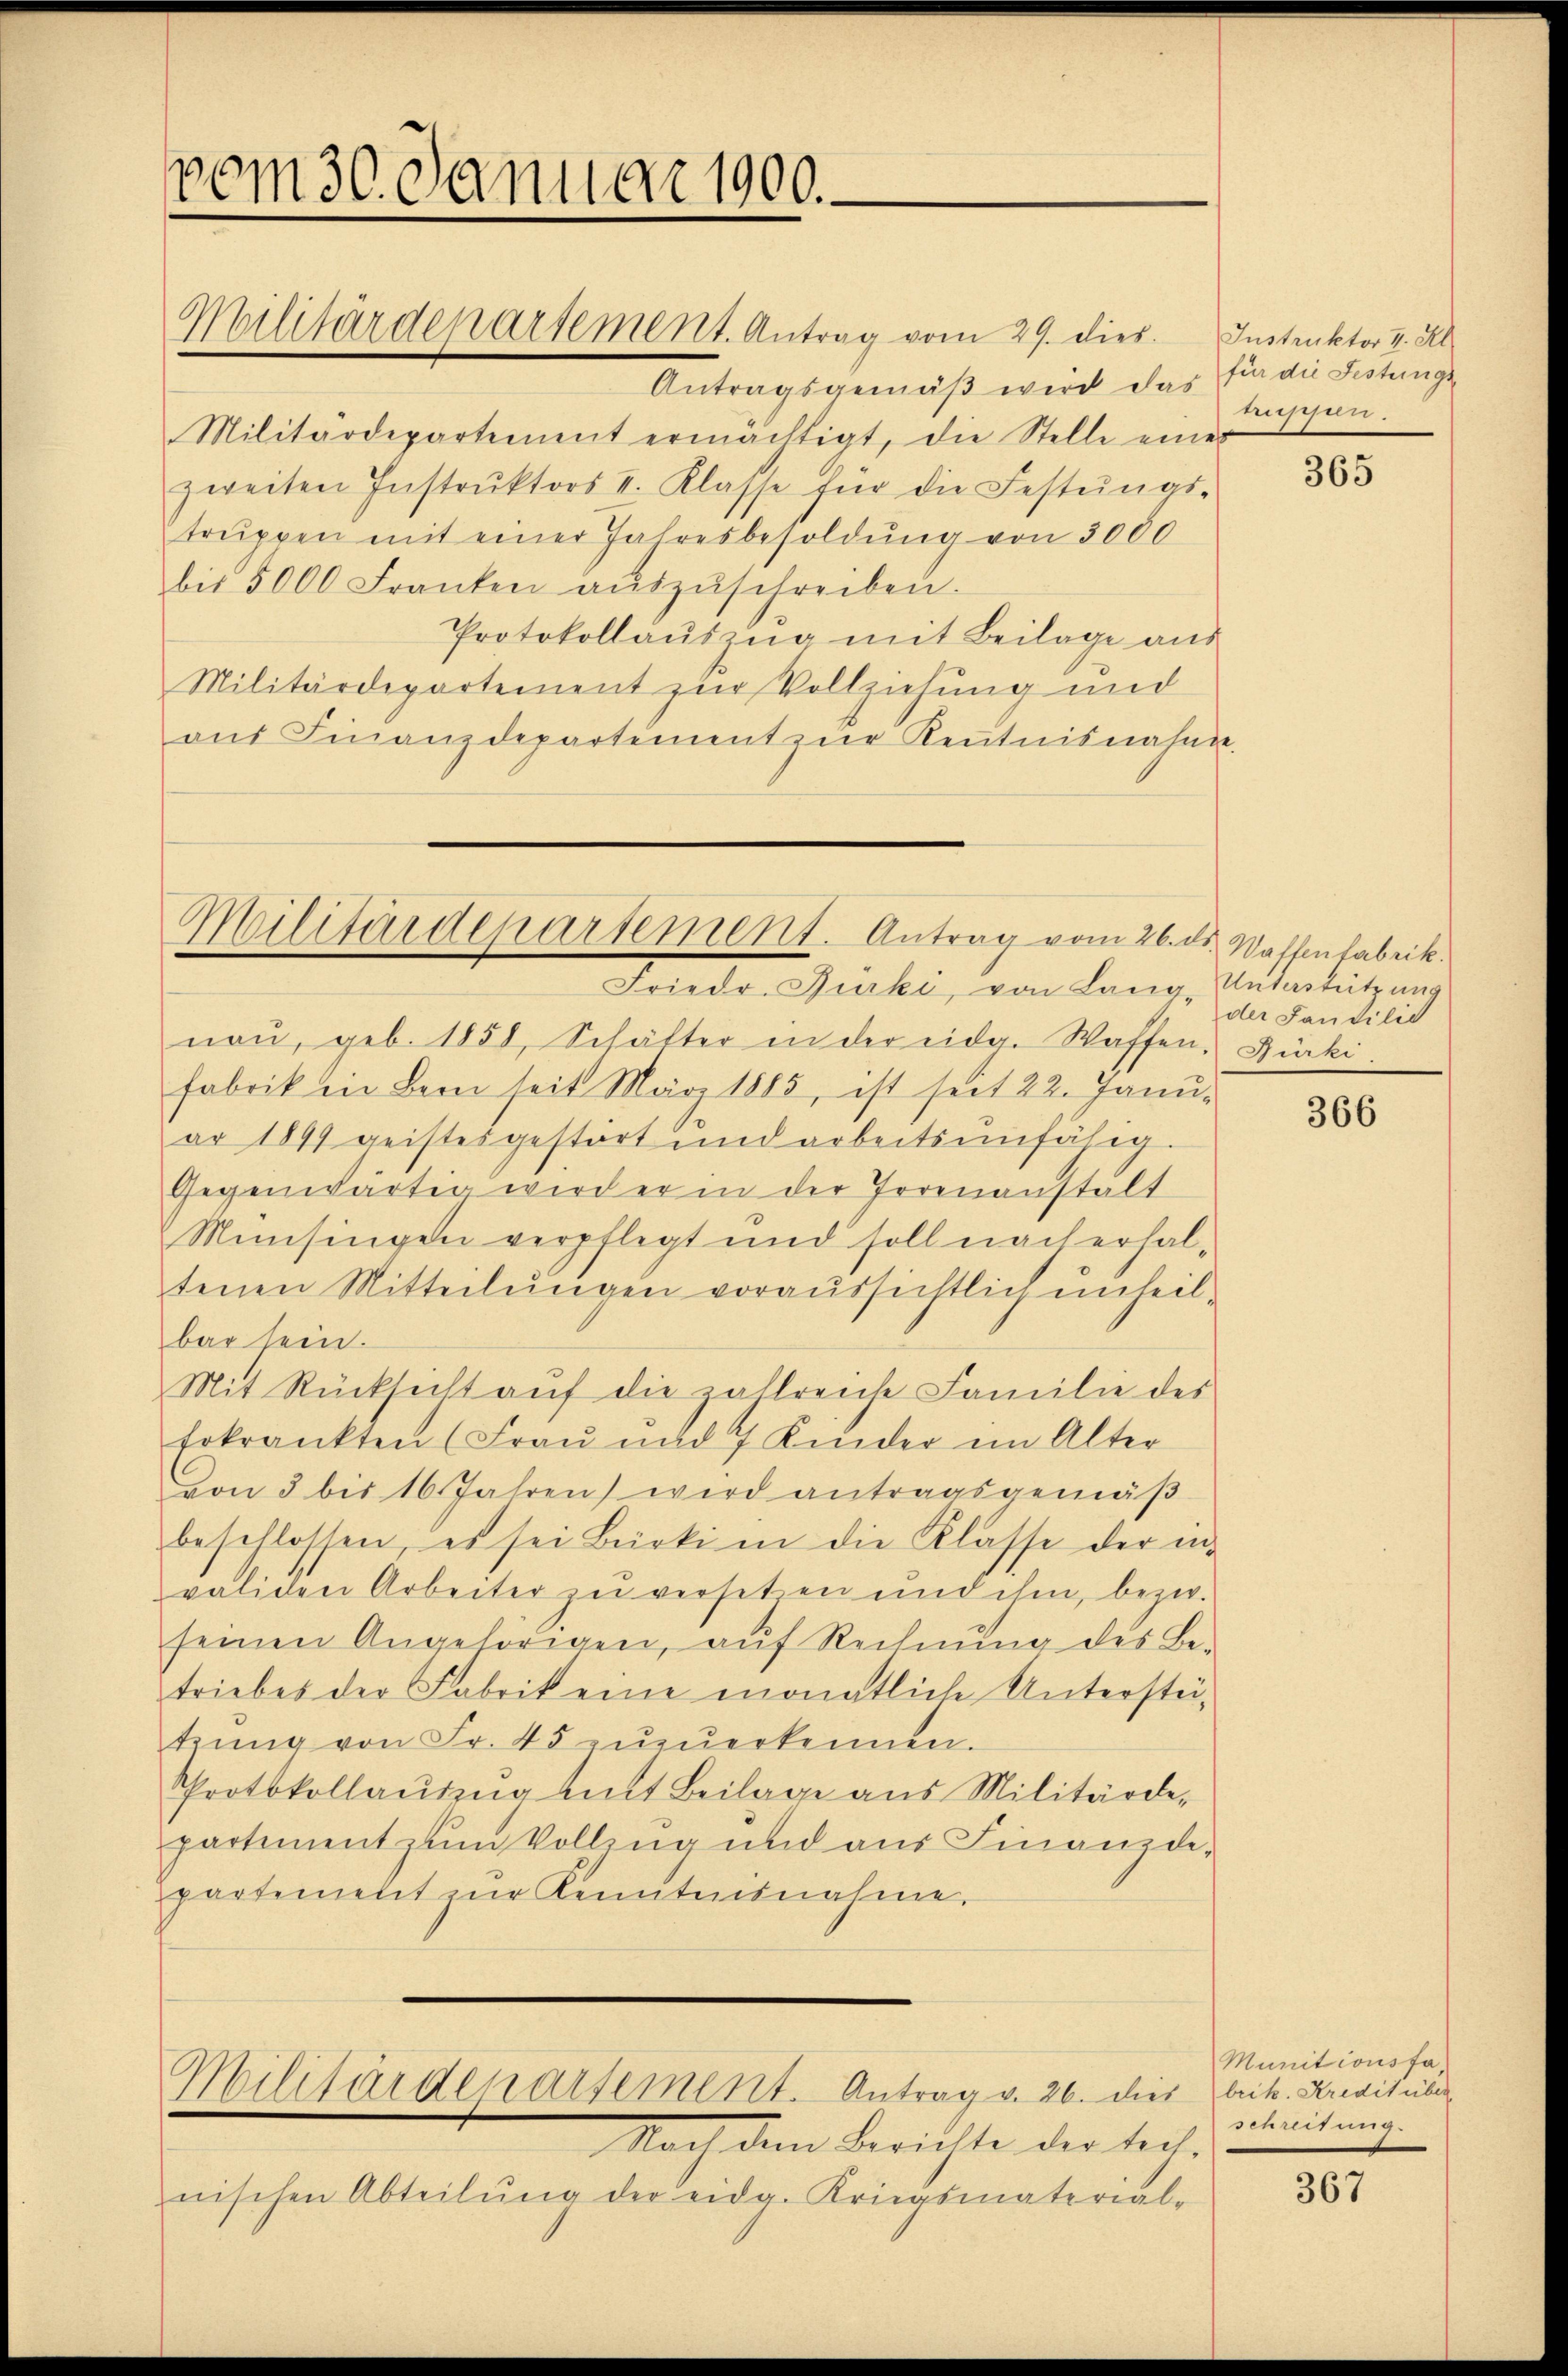
vom 30. Januar 1900.

Militärdepartement. Antrag vom 29. dies

Militärdepartement. Antrag vom 26. ds. Waffenfabrik.
Friedr. Jurki, von Lang, Unterstützung

Antragsgemäβ wird das für die Festungs
Militärdepartement ermächtigt, die Stelle einer
zweiten Instrŭktors II. Klasse für die Festŭngs-
truppen mit einer Jahresbesoldung von 3000
bis 5000 Franken aŭszŭschreiben.
Protokollaŭszŭg mit Beilage aus
Militärdepartement zur Vollziehung und
aŭf Finanzdepartement zŭr Keṅtnisnahme.

naŭ, geb. 1858, Schälter in der eidg. Waffen. Zürki.
fabrik in Bern seit März 1885, ist seit 22. Janŭ
ar 1899 geistesgestört und arbeitsunfähig.
Gegenwärtig wird er in der Irrenanstält
Münsingen verpflegt und soll nach erhaltenen Mitteilungen voraussichtlich unheilbar sein.
Mit Rücksicht aŭf die zahlreiche Familie des
Erkrankten (Frau und 7 Kinder im Alter
von 3 bis 16 Jahren wird antragsgemäβ
beschlossen, es sei Bürki in die Klasse der in
validen Arbeiter zu versetzen und ihm, bezw.
seinen Angehörigen, auf Rechnŭng des Be-
triebes der Fabrik eine monatliche Unterstütrŭng von Fr. 45 zŭzŭerkennen.
Protokollaŭszŭg mit Beilage aus Militärde-
partement zum Vollzug und aus Finanzdepartement zŭr Kenntnisnahme.

Militärdepartement. Antrag v. 26. dies beit. Kreditibus

Nach dem Berichte der technischen Abteilŭng der eidg. Kriegsmaterial-

Instruktor II. Kl
küssen.

365

der Landilie

366

Munitionsfa,
schreitung.

367